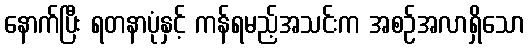
နောက်ပြီး ရတနာပုံနှင့် ကန်ရမည့်အသင်းက အစဉ်အလာရှိသော